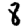
Digit: 8